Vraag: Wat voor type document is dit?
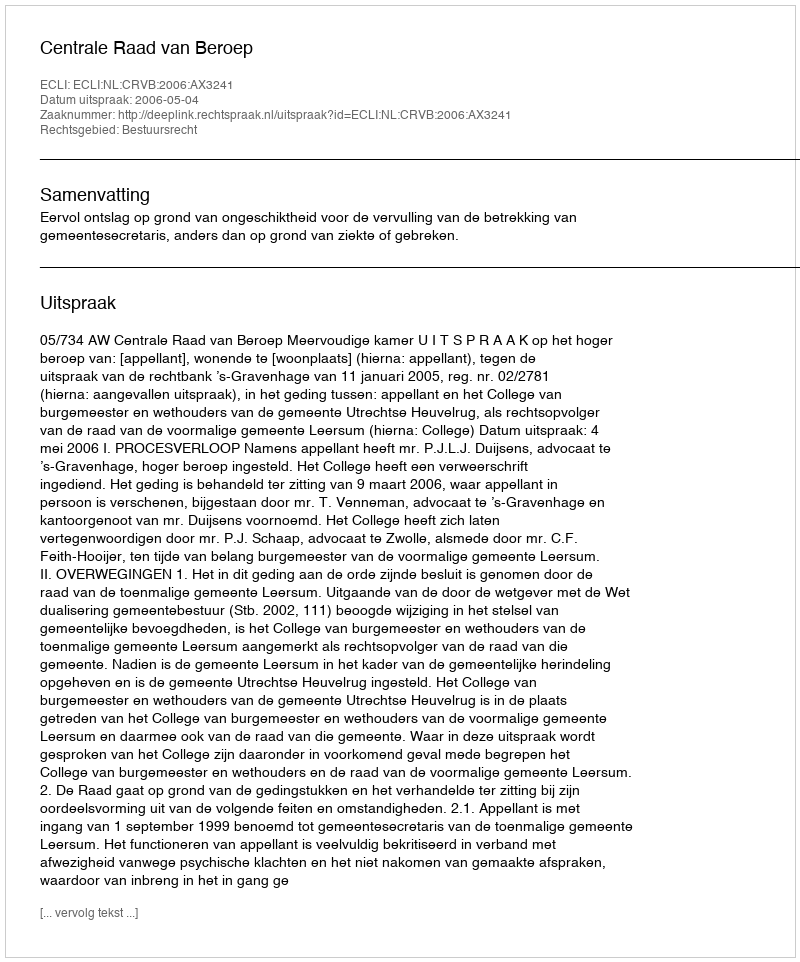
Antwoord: Uitspraak